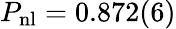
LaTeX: P_{\mathrm{nl}}=0.872(6)